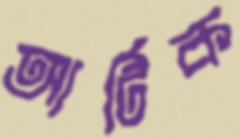
আর্টিক